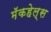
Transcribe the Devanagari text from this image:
मॅकहेल्स